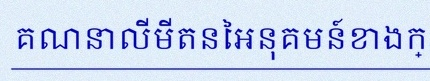
គណនាលីមីតនៃអនុគមន៍ខាងក្រោម